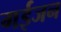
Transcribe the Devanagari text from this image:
गईजन